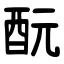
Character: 酛